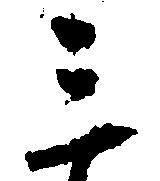
三